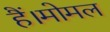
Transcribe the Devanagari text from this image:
हैं।मोमल